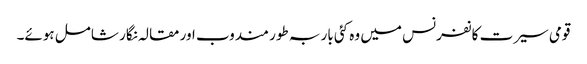
قومی سیرت کانفرنس میں وہ کئی بار بہ طور مندوب اور مقالہ نگار شامل ہوئے۔